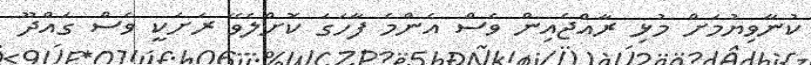
ކުނާވިޔުމަށް މުޅި ރާއްޖެއިން ވެސް އެންމެ ފާހަގަ ކޮށްލެވޭ ރަށަކީ ވެސް ގައްދޫ